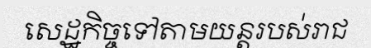
សេដ្ឋកិច្ចទៅតាមយន្តរបស់រាជ